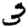
Digit: 3